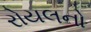
રોયલનો